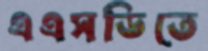
এএসডিতে